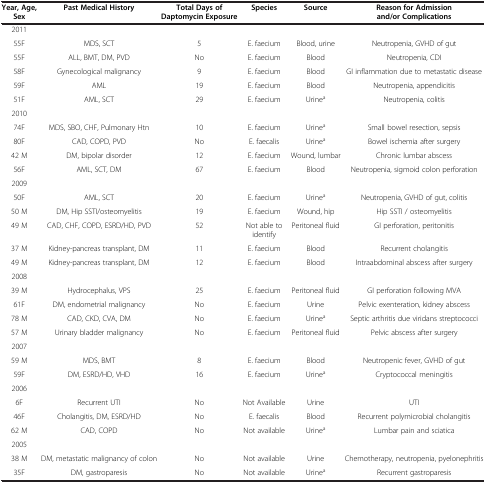
<table><thead><tr><td><b>Year, Age, Sex</b></td><td><b>Past Medical History</b></td><td><b>Total Days of Daptomycin Exposure</b></td><td><b>Species</b></td><td><b>Source</b></td><td><b>Reason for Admission and/or Complications</b></td></tr></thead><tbody><tr><td>2011</td><td> </td><td> </td><td> </td><td> </td><td> </td></tr><tr><td>55F</td><td>MDS, SCT</td><td>5</td><td>E. faecium</td><td>Blood, urine</td><td>Neutropenia, GVHD of gut</td></tr><tr><td>55F</td><td>ALL, BMT, DM, PVD</td><td>No</td><td>E. faecium</td><td>Blood</td><td>Neutropenia, CDI</td></tr><tr><td>58F</td><td>Gynecological malignancy</td><td>9</td><td>E. faecium</td><td>Blood</td><td>GI inflammation due to metastatic disease</td></tr><tr><td>59F</td><td>AML</td><td>19</td><td>E. faecium</td><td>Blood</td><td>Neutropenia, appendicitis</td></tr><tr><td>51F</td><td>AML, SCT</td><td>29</td><td>E. faecium</td><td>Urine<sup>a</sup></td><td>Neutropenia, colitis</td></tr><tr><td>2010</td><td> </td><td> </td><td> </td><td> </td><td> </td></tr><tr><td>74F</td><td>MDS, SBO, CHF, Pulmonary Htn</td><td>10</td><td>E. faecium</td><td>Urine<sup>a</sup></td><td>Small bowel resection, sepsis</td></tr><tr><td>80F</td><td>CAD, COPD, PVD</td><td>No</td><td>E. faecalis</td><td>Urine<sup>a</sup></td><td>Bowel ischemia after surgery</td></tr><tr><td>42 M</td><td>DM, bipolar disorder</td><td>12</td><td>E. faecium</td><td>Wound, lumbar</td><td>Chronic lumbar abscess</td></tr><tr><td>56F</td><td>AML, SCT, DM</td><td>67</td><td>E. faecium</td><td>Blood</td><td>Neutropenia, sigmoid colon perforation</td></tr><tr><td>2009</td><td> </td><td> </td><td> </td><td> </td><td> </td></tr><tr><td>50F</td><td>AML, SCT</td><td>20</td><td>E. faecium</td><td>Urine<sup>a</sup></td><td>Neutropenia, GVHD of gut, colitis</td></tr><tr><td>50 M</td><td>DM, Hip SSTI/osteomyelitis</td><td>19</td><td>E. faecium</td><td>Wound, hip</td><td>Hip SSTI / osteomyelitis</td></tr><tr><td>49 M</td><td>CAD, CHF, COPD, ESRD/HD, PVD</td><td>52</td><td>Not able to identify</td><td>Peritoneal fluid</td><td>GI perforation, peritonitis</td></tr><tr><td>37 M</td><td>Kidney-pancreas transplant, DM</td><td>11</td><td>E. faecium</td><td>Blood</td><td>Recurrent cholangitis</td></tr><tr><td>49 M</td><td>Kidney-pancreas transplant, DM</td><td>12</td><td>E. faecium</td><td>Blood</td><td>Intraabdominal abscess after surgery</td></tr><tr><td>2008</td><td> </td><td> </td><td> </td><td> </td><td> </td></tr><tr><td>39 M</td><td>Hydrocephalus, VPS</td><td>25</td><td>E. faecium</td><td>Peritoneal fluid</td><td>GI perforation following MVA</td></tr><tr><td>61F</td><td>DM, endometrial malignancy</td><td>No</td><td>E. faecium</td><td>Urine</td><td>Pelvic exenteration, kidney abscess</td></tr><tr><td>78 M</td><td>CAD, CKD, CVA, DM</td><td>No</td><td>E. faecium</td><td>Urine<sup>a</sup></td><td>Septic arthritis due viridans streptococci</td></tr><tr><td>57 M</td><td>Urinary bladder malignancy</td><td>No</td><td>E. faecium</td><td>Peritoneal fluid</td><td>Pelvic abscess after surgery</td></tr><tr><td>2007</td><td> </td><td> </td><td> </td><td> </td><td> </td></tr><tr><td>59 M</td><td>MDS, BMT</td><td>8</td><td>E. faecium</td><td>Blood</td><td>Neutropenic fever, GVHD of gut</td></tr><tr><td>59F</td><td>DM, ESRD/HD, VHD</td><td>16</td><td>E. faecium</td><td>Urine<sup>a</sup></td><td>Cryptococcal meningitis</td></tr><tr><td>2006</td><td> </td><td> </td><td> </td><td> </td><td> </td></tr><tr><td>6F</td><td>Recurrent UTI</td><td>No</td><td>Not Available</td><td>Urine</td><td>UTI</td></tr><tr><td>46F</td><td>Cholangitis, DM, ESRD/HD</td><td>No</td><td>E. faecalis</td><td>Blood</td><td>Recurrent polymicrobial cholangitis</td></tr><tr><td>62 M</td><td>CAD, COPD</td><td>No</td><td>Not available</td><td>Urine<sup>a</sup></td><td>Lumbar pain and sciatica</td></tr><tr><td>2005</td><td> </td><td> </td><td> </td><td> </td><td> </td></tr><tr><td>38 M</td><td>DM, metastatic malignancy of colon</td><td>No</td><td>Not available</td><td>Urine</td><td>Chemotherapy, neutropenia, pyelonephritis</td></tr><tr><td>35F</td><td>DM, gastroparesis</td><td>No</td><td>Not available</td><td>Urine<sup>a</sup></td><td>Recurrent gastroparesis</td></tr></tbody></table>